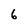
Character: 6